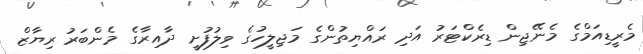
މެރީޑިއަމްގެ މެނޭޖިން ޑިރެކްޓަރު އަދި ރައްޔިތުންގެ މަޖިލީހުގެ ވިލުފުށީ ދާއިރާގެ މެންބަރު ރިޔާޒް